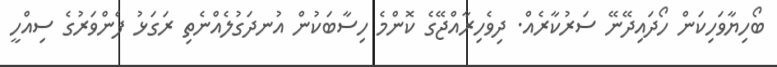
ބޯހިޔާވަހިކަން ހޯދައިދޭނޭ ސަރުކާރެއް. ދިވެހިރާއްޖޭގެ ކޮންމެ ހިސާބަކުން އުނދަގުލެއްނެތި ރަގަޅު ފެންވަރުގެ ސިއްހީ